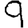
Digit: 9